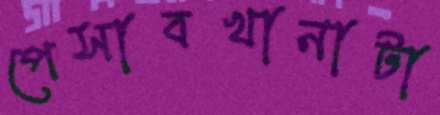
পেসাবখানাটা